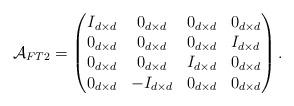
LaTeX: \begin{align*}\mathcal{A}_{FT2}=\begin{pmatrix}I_{d\times d} & 0_{d\times d} & 0_{d\times d} & 0_{d\times d}\\0_{d\times d} & 0_{d\times d} & 0_{d\times d} & I_{d\times d}\\0_{d\times d} & 0_{d\times d} & I_{d\times d} & 0_{d\times d}\\0_{d\times d} & -I_{d\times d} & 0_{d\times d} & 0_{d\times d}\end{pmatrix}.\end{align*}